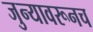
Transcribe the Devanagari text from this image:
जुन्यावरूनच